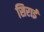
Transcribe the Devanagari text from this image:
सिराई